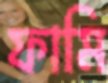
ফামি